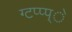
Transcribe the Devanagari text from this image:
ग्टप्प्प्े